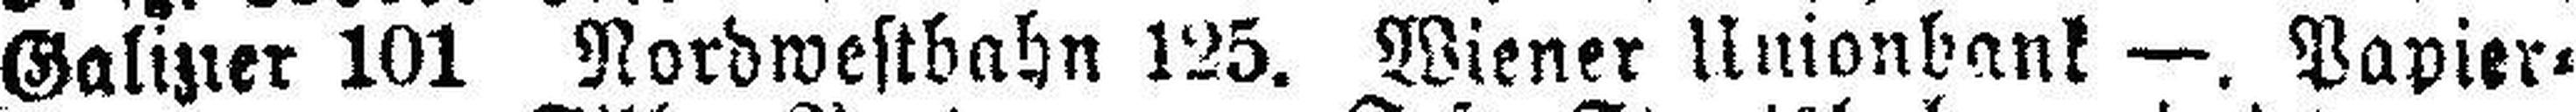
Galizier 101 Nordwestbahn 125. Wiener Unionbank —. Papier=